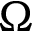
\Omega